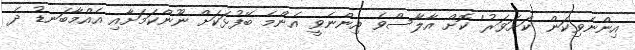
އިންނެވިކަން 'ކަށަވަރު' ކޮށް އާލާސްވެ އިންނެވީ އެންމެ ބޭފުޅަކަށް ނޫންކަމަށާއި އެއްމާބަނޑު ދެ